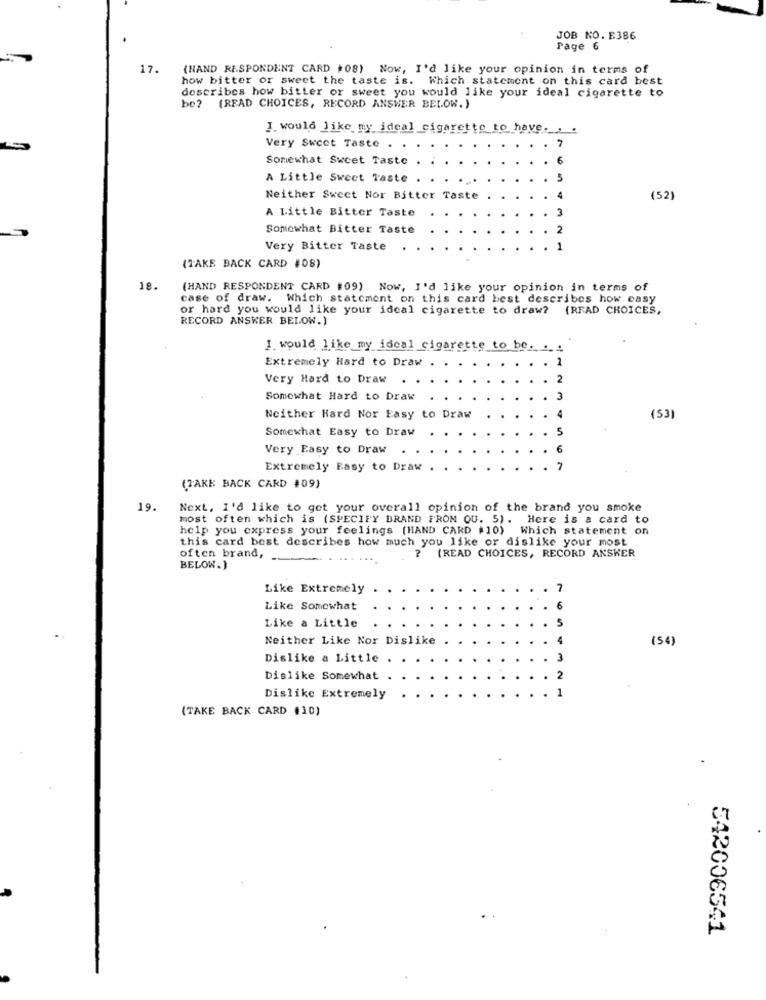
JOB NO. E386
Page 6
17.
(HAND RESPONDENT CARD #08) Now, I'd like your opinion in terms of
how bitter or sweet the taste is. Which statement on this card best
describes how bitter or sweet you would like your ideal cigarette to
be? (READ CHOICES, RECORD ANSWER BELOW.)
J. would like my ideal cigarette to have -_._.
7
Very Sweet Taste
Somewhat Sweet Taste
A Little Sweet Taste
Neither Sweet Nor Bitter Taste
(52)
A Little Bitter Taste
Somewhat Bitter Taste
Very Bitter Taste
(TAKE BACK CARD #08)
18.
(HAND RESPONDENT CARD #09) Now, I'd like your opinion in terms of
case of draw. Which statement on this card best describes how easy
or hard you would like your ideal cigarette to draw? (READ CHOICES,
RECORD ANSWER BELOW.)
I. would like my_idcal cigarette to be -___ 4
Extremely Hard to Draw
1
Very Hard to Draw
2
Somewhat Hard to Draw
Neither Hard Nor Easy to Draw
(53)
Somewhat Easy to Draw
Very Easy to Draw
Extremely Easy to Draw
(TAKE BACK CARD #09)
19.
Next, I'd like to get your overall opinion of the brand you smoke
most often which is (SPECIFY BRAND FROM QU. 5). Here is a card to
help you express your feelings (HAND CARD #10) Which statement on
this card best describes how much you like or dislike your most
(READ CHOICES, RECORD ANSWER
often brand, ..
BELOW.)
Like Extremely
7
Like Somewhat
Like a Little
Neither Like Nor Dislike
(54)
Dislike a Little
Dislike Somewhat
Dislike Extremely
(TAKE BACK CARD #10)
542006541